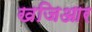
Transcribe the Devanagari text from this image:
खजिआर